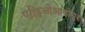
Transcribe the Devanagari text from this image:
एल्लिओआवोगुर